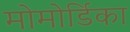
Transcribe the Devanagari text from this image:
मोमोर्डिका